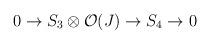
LaTeX: \begin{align*}0\rightarrow S_3\otimes {\cal O}(J) \rightarrow S_4 \rightarrow 0\end{align*}